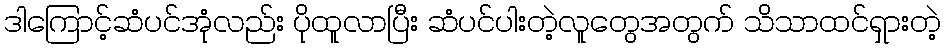
ဒါကြောင့်ဆံပင်အုံလည်း ပိုထူလာပြီး ဆံပင်ပါးတဲ့လူတွေအတွက် သိသာထင်ရှားတဲ့